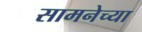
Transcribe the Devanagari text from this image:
सामनेच्या